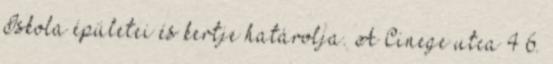
Iskola épületei és kertje határolja. A Cinege utca 4–6.